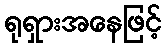
ရုရှားအနေဖြင့်